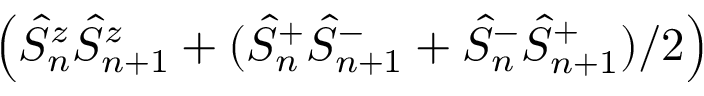
\left( \hat { S } _ { n } ^ { z } \hat { S } _ { n + 1 } ^ { z } + ( \hat { S } _ { n } ^ { + } \hat { S } _ { n + 1 } ^ { - } + \hat { S } _ { n } ^ { - } \hat { S } _ { n + 1 } ^ { + } ) / 2 \right)